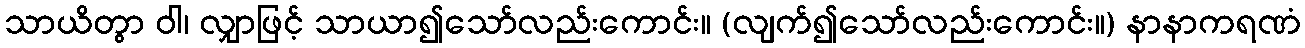
သာယိတွာ ဝါ၊ လျှာဖြင့် သာယာ၍သော်လည်းကောင်း။ (လျက်၍သော်လည်းကောင်း။) နာနာကရဏံ